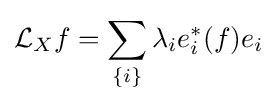
{\mathcal {L}}_{X}f=\sum _{\{i\}}\lambda _{i}e_{i}^{*}(f)e_{i}